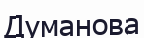
Думанова